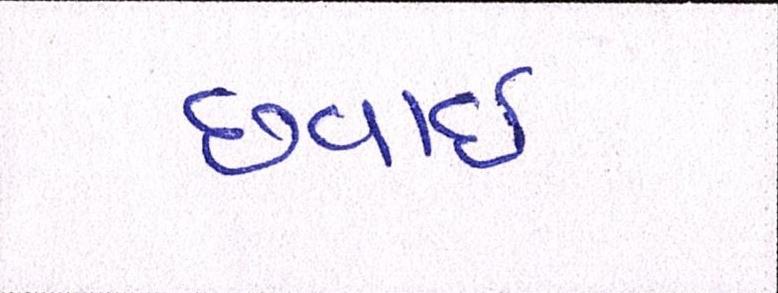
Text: છવાઇ